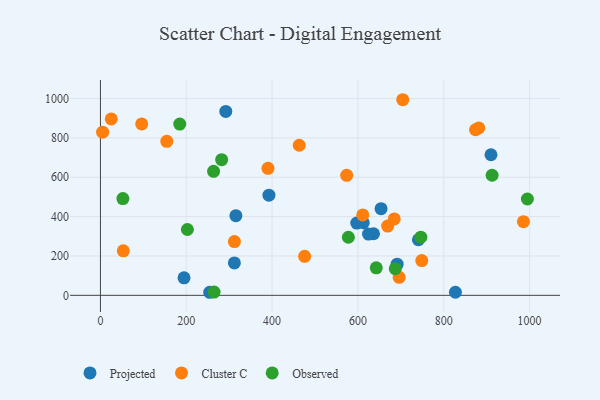
{"axis": {"x": "Investment", "y": "Demand"}, "legend": ["Cluster C", "Observed", "Projected"], "data": [{"x": "910.0", "y": 714.4, "type": "Projected"}, {"x": "254.6", "y": 15.5, "type": "Projected"}, {"x": "740.9", "y": 282.3, "type": "Projected"}, {"x": "292.1", "y": 934.5, "type": "Projected"}, {"x": "194.8", "y": 89.0, "type": "Projected"}, {"x": "597.2", "y": 367.4, "type": "Projected"}, {"x": "315.6", "y": 404.7, "type": "Projected"}, {"x": "392.6", "y": 509.1, "type": "Projected"}, {"x": "636.3", "y": 313.0, "type": "Projected"}, {"x": "612.4", "y": 368.9, "type": "Projected"}, {"x": "312.1", "y": 164.9, "type": "Projected"}, {"x": "624.6", "y": 311.4, "type": "Projected"}, {"x": "691.3", "y": 158.3, "type": "Projected"}, {"x": "827.1", "y": 15.6, "type": "Projected"}, {"x": "653.9", "y": 440.2, "type": "Projected"}, {"x": "748.7", "y": 176.6, "type": "Cluster C"}, {"x": "475.8", "y": 198.0, "type": "Cluster C"}, {"x": "611.2", "y": 408.4, "type": "Cluster C"}, {"x": "154.6", "y": 782.6, "type": "Cluster C"}, {"x": "684.6", "y": 388.3, "type": "Cluster C"}, {"x": "463.2", "y": 762.6, "type": "Cluster C"}, {"x": "53.3", "y": 225.9, "type": "Cluster C"}, {"x": "881.6", "y": 850.6, "type": "Cluster C"}, {"x": "873.9", "y": 841.4, "type": "Cluster C"}, {"x": "390.4", "y": 645.5, "type": "Cluster C"}, {"x": "25.2", "y": 896.5, "type": "Cluster C"}, {"x": "5.1", "y": 828.9, "type": "Cluster C"}, {"x": "573.8", "y": 609.6, "type": "Cluster C"}, {"x": "669.2", "y": 352.0, "type": "Cluster C"}, {"x": "696.0", "y": 91.5, "type": "Cluster C"}, {"x": "985.6", "y": 374.2, "type": "Cluster C"}, {"x": "96.1", "y": 871.0, "type": "Cluster C"}, {"x": "312.2", "y": 273.2, "type": "Cluster C"}, {"x": "704.4", "y": 994.0, "type": "Cluster C"}, {"x": "264.8", "y": 16.6, "type": "Observed"}, {"x": "282.4", "y": 689.3, "type": "Observed"}, {"x": "263.6", "y": 630.0, "type": "Observed"}, {"x": "642.7", "y": 139.6, "type": "Observed"}, {"x": "746.5", "y": 295.7, "type": "Observed"}, {"x": "994.8", "y": 489.4, "type": "Observed"}, {"x": "52.3", "y": 491.5, "type": "Observed"}, {"x": "577.7", "y": 295.0, "type": "Observed"}, {"x": "184.8", "y": 870.4, "type": "Observed"}, {"x": "687.0", "y": 135.5, "type": "Observed"}, {"x": "202.6", "y": 334.6, "type": "Observed"}, {"x": "912.6", "y": 610.2, "type": "Observed"}]}